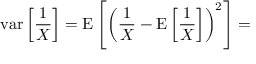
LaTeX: \operatorname { v a r } \left[ { \frac { 1 } { X } } \right] = \operatorname { E } \left[ \left( { \frac { 1 } { X } } - \operatorname { E } \left[ { \frac { 1 } { X } } \right] \right) ^ { 2 } \right] =